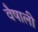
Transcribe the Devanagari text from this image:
वैषाली